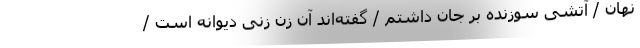
نهان / آتشی سوزنده بر جان داشتم / گفته‌اند آن زن زنی دیوانه است /